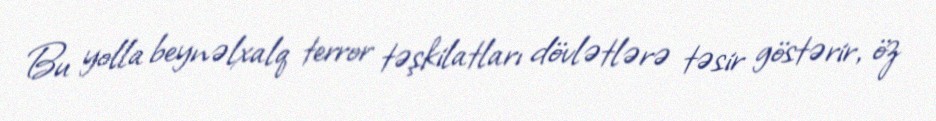
Bu yolla beynəlxalq terror təşkilatları dövlətlərə təsir göstərir, öz